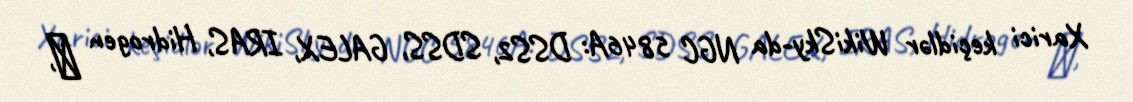
Xarici keçidlər WikiSky-da NGC 5846A: DSS2, SDSS, GALEX, IRAS, Hidrogen α,